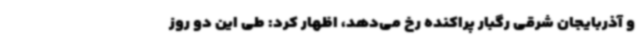
و آذربایجان شرقی رگبار پراکنده رخ می‌دهد، اظهار کرد: طی این دو روز